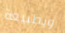
وبطبيعة